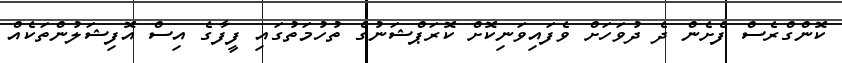
ކޮންގްރެސް ފެށެން ދެ ދުވަހަށް ވެފައިވަނިކޮށް ކޮރަޕްޝަނުގެ ތުހުމަތުގައި ފީފާގެ އިސް އޮފިޝަލުންތަކެއް